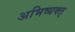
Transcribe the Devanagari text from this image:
अभिव्यक्त्